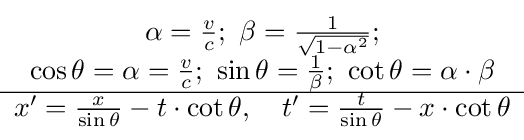
{\begin{matrix}\alpha ={\frac {v}{c}};\ \beta ={\frac {1}{\sqrt {1-\alpha ^{2}}}};\\\cos \theta =\alpha ={\frac {v}{c}};\ \sin \theta ={\frac {1}{\beta }};\ \cot \theta =\alpha \cdot \beta \\\hline x'={\frac {x}{\sin \theta }}-t\cdot \cot \theta ,\quad t'={\frac {t}{\sin \theta }}-x\cdot \cot \theta \end{matrix}}